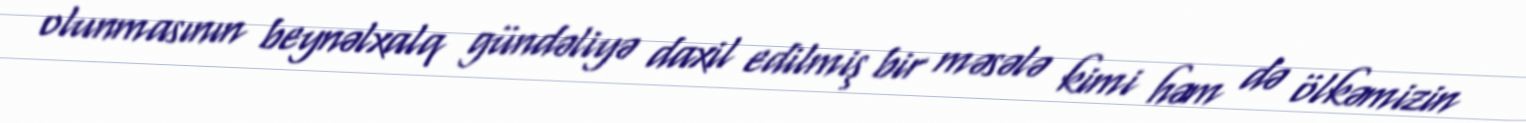
olunmasının beynəlxalq gündəliyə daxil edilmiş bir məsələ kimi həm də ölkəmizin